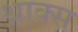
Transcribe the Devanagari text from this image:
थ्राक्स